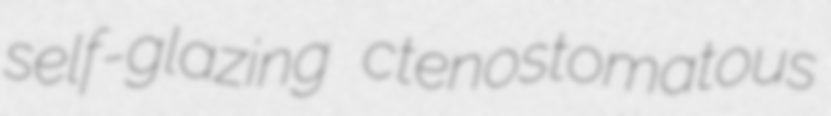
self-glazing ctenostomatous